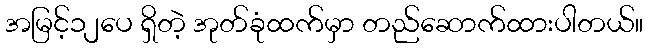
အမြင့်၁၂ပေ ရှိတဲ့ အုတ်ခုံထက်မှာ တည်ဆောက်ထားပါတယ်။